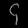
Digit: ၄